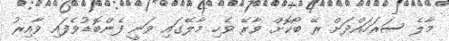
މާލެ ސަރަހައްދަށް ރޭ ބޯކޮށް ވާރޭ ވެހި މާލޭގައި ވަނީ ފެންބޮޑުވެފައި ވާއިރު